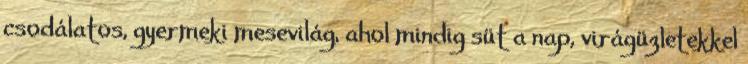
csodálatos, gyermeki mesevilág, ahol mindig süt a nap, virágüzletekkel